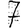
Digit: 7